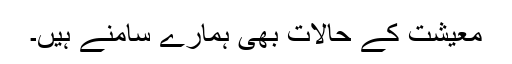
معیشت کے حالات بھی ہمارے سامنے ہیں۔